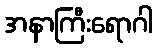
အနာကြီးရောဂါ